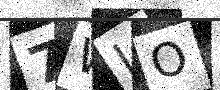
Text: 7WLO